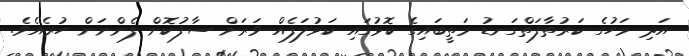
އަދި މަހުގެ ކަރުތާފަތްގަނޑު މަތީބައިގެ ކޮޅުގައި ކަޅުލަފެއް ވަރަށް ސާފުކޮށް ފެންނަން ހުރެއެވެ.